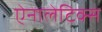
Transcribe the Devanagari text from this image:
ऐनालेटिक्स